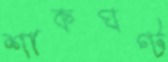
শাকঘণ্ট